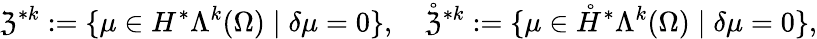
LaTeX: \mathfrak{Z}^{\ast k}:=\{ \mu\in H^{\ast}\Lambda^{k}(\Omega)\mid\delta\mu=0\} ,\quad\mathring{\mathfrak{Z}}^{\ast k}:=\{ \mu\in\mathring{H}^{\ast}\Lambda^{k}(\Omega)\mid\delta\mu=0\} ,